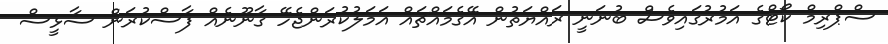
ސްޕްރިމް ކޯޓްގެ އަމުރުގައިވެސް ބުނަނީ ރައްޔަތުން އޭގެމައްޗައް އަމަލުކުރަންޖެހޭ ގާނޫނެއް ފާސްކުރަން ސާޅީސް